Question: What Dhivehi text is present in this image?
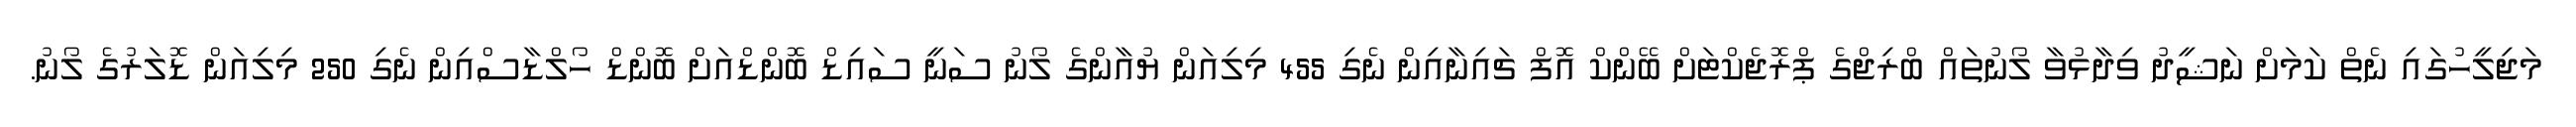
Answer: މަޖިލީހުގައި ނެތް ކަމަށް ނަޝީދު ވިދާޅުވާ ލޯނުތައް ބްރިޖްގެ ޕްރޮޖެކްޓަށް ބޭންކް އޮފް ޗައިނާއިން ނެގި 455 މިލިއަން ޔުއާންގެ ލޯނު ސަނީ ސައިޑް ބޮންޑްއަށް ބޮންޑް ހޯލްޑާސްއިން ނެގި 250 މިލިއަން ޑޮލަރުގެ ލޯނު.